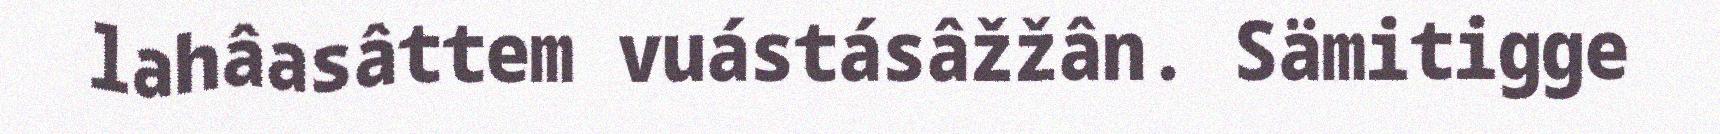
lahâasâttem vuástásâžžân. Sämitigge